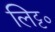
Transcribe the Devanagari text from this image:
लिट्ट०